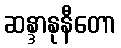
ဆန္ဒာနုနီတော